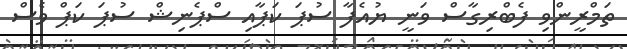
ތަމްރީންވި ފެބްރިގާސް ވަނީ ޔުއެފާ ސުޕަ ކަޕާއި ސްޕެނިޝް ސުޕަ ކަޕް ވެސް